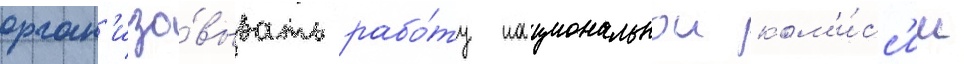
орган'изо́вывать рабо́ту национальнои ком'и́сс'ии